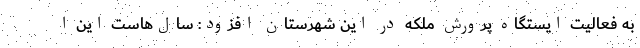
به فعالیت ایستگاه پرورش ملکه در این شهرستان افزود: سال‌هاست این ا